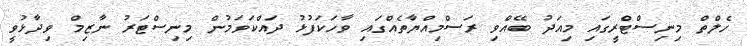
ހެލްތް މިނިސްޓްރީގައި މިއަދު ބޭއްވި ރަސްމިއްޔާތެއްގައި ވާހަކަފުޅު ދައްކަވަމުން މިނިސްޓަރު ނާޒިމް ވިދާޅުވީ